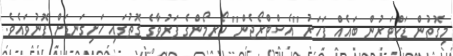
މިގޮތުން ޑަކްޓަރުން ބައެއް ފަހަރު ''އެސްޓްރޯޖެން'' ހޯރމޯންގެ ފަރުވާގެ ގޮތުގައި ހަށިގަނޑަށް ފޮނުވައެވެ.